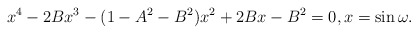
\begin{align*}x^4-2Bx^3-(1-A^2-B^2)x^2+2Bx-B^2=0,x=\sin\omega.\end{align*}